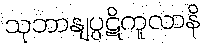
သုဘာနျပ္ပဋိကူလာနိ